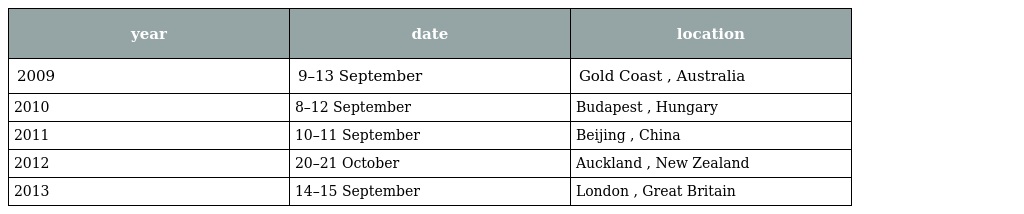
| year | date | location |
 | --- | --- | --- |
 | 2009 | 9–13 September | Gold Coast , Australia |
 | 2010 | 8–12 September | Budapest , Hungary |
 | 2011 | 10–11 September | Beijing , China |
 | 2012 | 20–21 October | Auckland , New Zealand |
 | 2013 | 14–15 September | London , Great Britain |